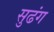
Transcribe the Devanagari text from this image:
सुढंग